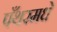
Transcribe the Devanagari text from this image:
पँथरमधे